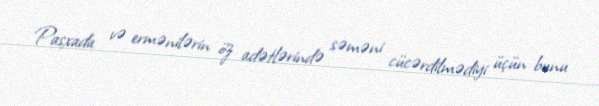
Pasxada və ermənilərin öz adətlərində səməni cücərdilmədiyi üçün bunu